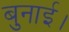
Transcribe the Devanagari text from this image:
बुनाई।